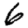
Digit: 6